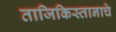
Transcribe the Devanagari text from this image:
ताजिकिस्तानाचे